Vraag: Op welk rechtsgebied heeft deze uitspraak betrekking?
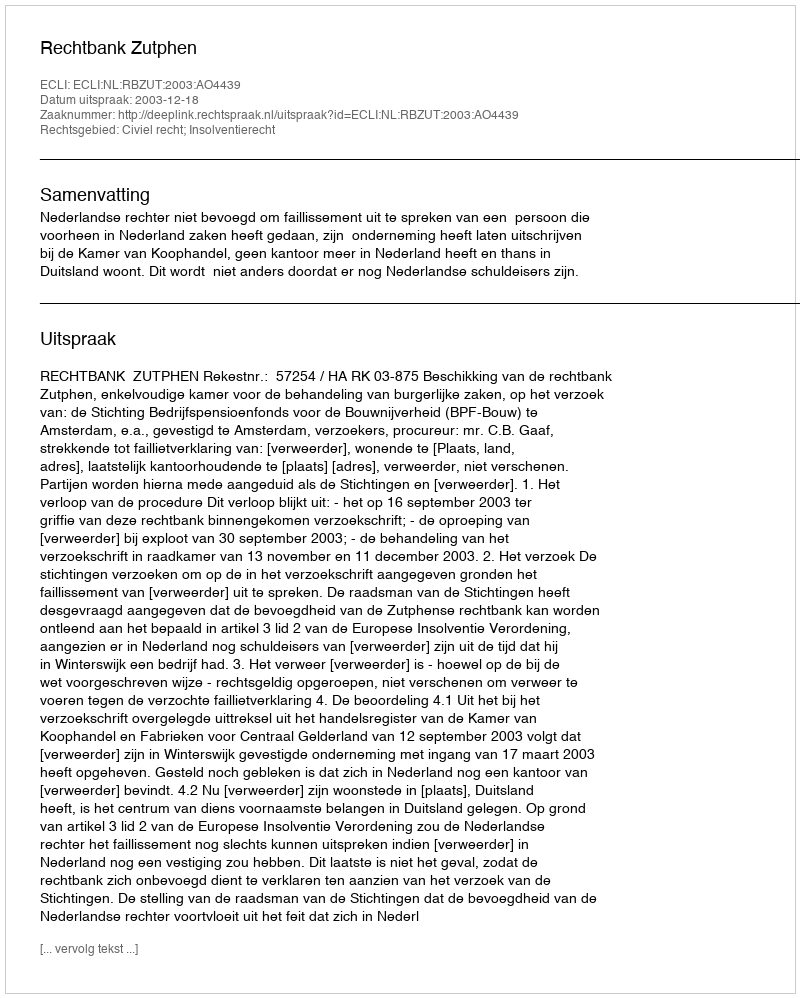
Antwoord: Civiel recht; Insolventierecht